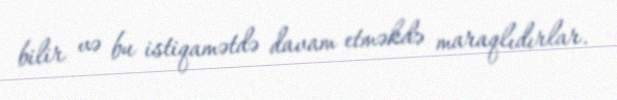
bilir və bu istiqamətdə davam etməkdə maraqlıdırlar.